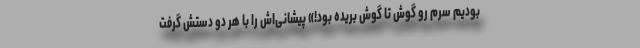
بودیم سرم رو گوش تا گوش بریده بود!» پیشانی‌اش را با هر دو دستش گرفت